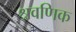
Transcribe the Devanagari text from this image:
श्रवणिक